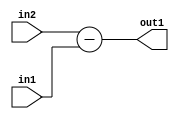
`timescale 1ps / 1ps
/*****************************************************************************
    Verilog RTL Description
    
    
    Created by: Stratus DpOpt 21.05.01 
*******************************************************************************/

module Filter_Sub_12Ux8U_12U_1 (
	in2,
	in1,
	out1
	); /* architecture "behavioural" */ 
input [11:0] in2;
input [7:0] in1;
output [11:0] out1;
wire [11:0] asc001;

assign asc001 = 
	+(in2)
	-(in1);

assign out1 = asc001;
endmodule

/* CADENCE  ubH1Twk= : u9/ySxbfrwZIxEzHVQQV8Q== ** DO NOT EDIT THIS LINE ******/